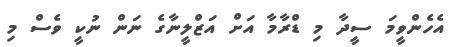
އެހެންވީމަ ސީދާ މި ޑްރާމާ އަށް އަޒްލީނާގެ ނަން ނުކީ ވެސް މި